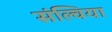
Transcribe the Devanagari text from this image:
संल्विया